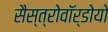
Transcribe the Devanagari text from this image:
सैस्त्रोवॉर्डोयो